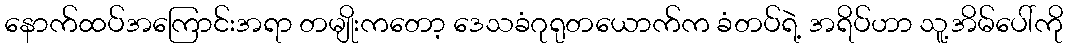
နောက်ထပ်အကြောင်းအရာ တမျိုးကတော့ ဒေသခံဂုရုတယောက်က ခံတပ်ရဲ့ အရိပ်ဟာ သူ့အိမ်ပေါ်ကို